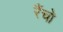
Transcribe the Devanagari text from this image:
रैंचो